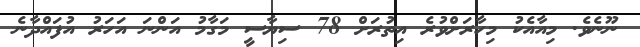
ނޫނެވެ. މިއާއެކު މިހާރަށްވުރެ އިތުރަށް 78 ސިޔާސީ މަގާމު އަންނަ އަހަރު އުފައްދާނެ